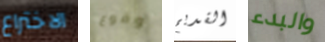
الاختراع وقوع القديم والبدء